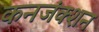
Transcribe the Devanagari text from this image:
कनजंक्शन